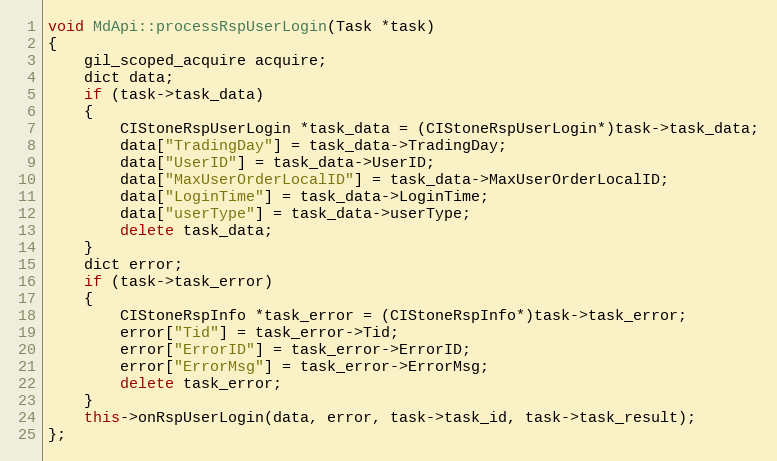
Language: C++
void MdApi::processRspUserLogin(Task *task)
{
	gil_scoped_acquire acquire;
	dict data;
	if (task->task_data)
	{
		CIStoneRspUserLogin *task_data = (CIStoneRspUserLogin*)task->task_data;
		data["TradingDay"] = task_data->TradingDay;
		data["UserID"] = task_data->UserID;
		data["MaxUserOrderLocalID"] = task_data->MaxUserOrderLocalID;
		data["LoginTime"] = task_data->LoginTime;
		data["userType"] = task_data->userType;
		delete task_data;
	}
	dict error;
	if (task->task_error)
	{
		CIStoneRspInfo *task_error = (CIStoneRspInfo*)task->task_error;
		error["Tid"] = task_error->Tid;
		error["ErrorID"] = task_error->ErrorID;
		error["ErrorMsg"] = task_error->ErrorMsg;
		delete task_error;
	}
	this->onRspUserLogin(data, error, task->task_id, task->task_result);
};